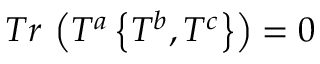
T r \, \left( T ^ { a } \left\{ T ^ { b } , T ^ { c } \right\} \right) = 0